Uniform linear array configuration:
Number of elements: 8
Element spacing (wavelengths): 1
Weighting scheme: cosine
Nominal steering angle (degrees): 60
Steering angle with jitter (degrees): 59.432
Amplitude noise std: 0.05
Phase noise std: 0.05

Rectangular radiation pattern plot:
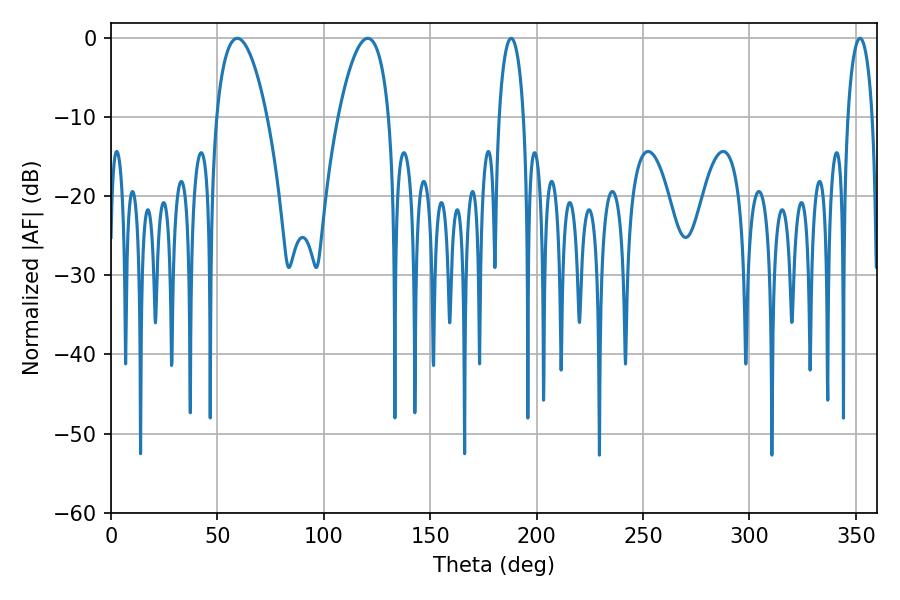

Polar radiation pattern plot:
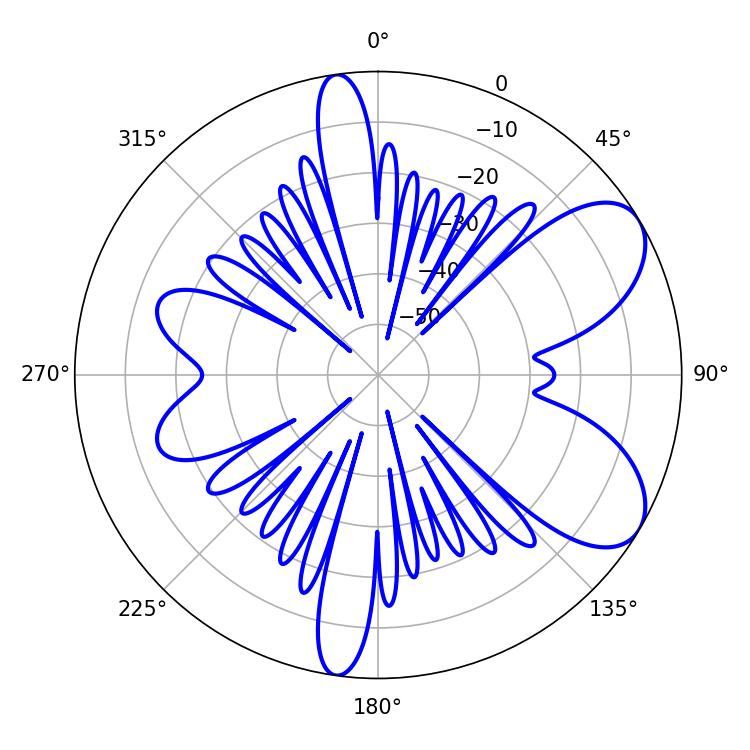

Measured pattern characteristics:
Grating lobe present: TRUE
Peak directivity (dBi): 7.255
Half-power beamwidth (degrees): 13.14
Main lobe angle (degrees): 59.4